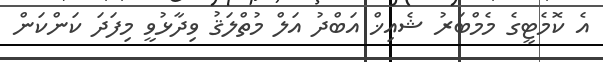
އެ ކޮމެޓީގެ މެމްބަރު ޝެއިޚް އަބްދު އަލް މުތްލަޤު ވިދާޅުވީ މިފަދަ ކަންކަން